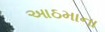
આઠમાના